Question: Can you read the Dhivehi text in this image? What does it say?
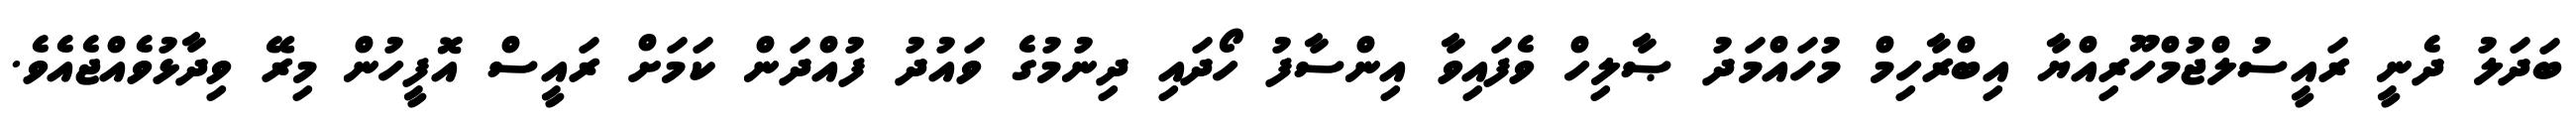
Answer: ބަދަލު ދެނީ ރައީސުލްޖުމްހޫރިއްޔާ އިބްރާހިމް މުހައްމަދު ޞާލިހް ވެފައިވާ އިންސާފު ހޯދައި ދިނުމުގެ ވައުދު ފުއްދަން ކަމަށް ރައީސް އޮފީހުން މިރޭ ވިދާޅުވެއްޖެއެވެ.